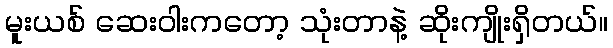
မူးယစ် ဆေးဝါးကတော့ သုံးတာနဲ့ ဆိုးကျိုးရှိတယ်။